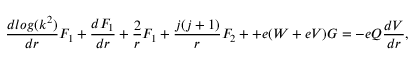
\frac { d l o g ( k ^ { 2 } ) } { d r } F _ { 1 } + \frac { d F _ { 1 } } { d r } + \frac { 2 } { r } F _ { 1 } + \frac { j ( j + 1 ) } { r } F _ { 2 } + + e ( W + e V ) G = - e Q \frac { d V } { d r } ,